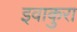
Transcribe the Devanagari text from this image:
इवाकुरा